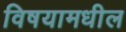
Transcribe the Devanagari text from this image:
विषयामधील